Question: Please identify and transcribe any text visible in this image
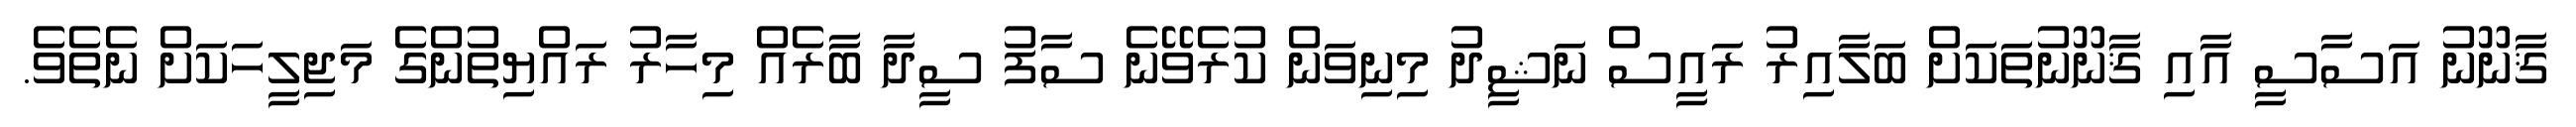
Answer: ޤާނޫނު އަސާސީ އާއި ޤާނޫނުތަކަށް ބަލާއިރު ރައީސް ނަޝީދު މިނިވަން ކުރެވޭނެ ސާފު ސީދާ ބާރެއް މިހާރު ރައްޔިތުންގެ މަޖިލީހަކަށް ނެތެވެ.